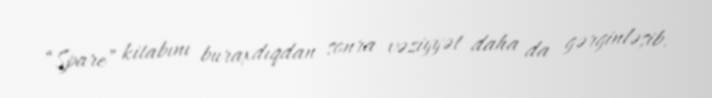
“Spare” kitabını buraxdıqdan sonra vəziyyət daha da gərginləşib.